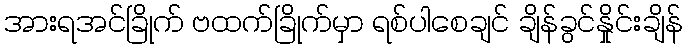
အားရအင်ခြိုက် ဗထက်ခြိုက်မှာ ရစ်ပါစေချင် ချိန်ခွင်နှိုင်းချိန်